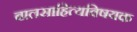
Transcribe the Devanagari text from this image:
बालसाहित्यविषयक